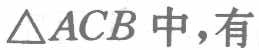
$\triangle ACB$中,有